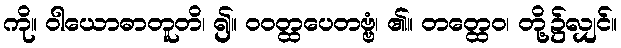
ကို။ ဝါယောဓာတူတိ၊ ၍။ ဝဝတ္ထပေတဗ္ဗံ၊ ၏။ တတ္ထေဝ၊ တို့၌လျှင်။